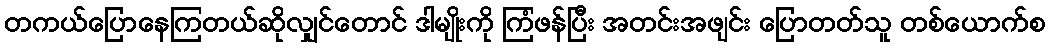
တကယ်ပြောနေကြတယ်ဆိုလျှင်တောင် ဒါမျိုးကို ကြံဖန်ပြီး အတင်းအဖျင်း ပြောတတ်သူ တစ်ယောက်စ